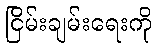
ငြိမ်းချမ်းရေးကို